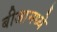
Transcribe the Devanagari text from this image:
बीजामध्ये